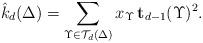
LaTeX: \begin{align*}\hat{k}_d(\Delta)=\sum_{\Upsilon\in\mathcal{T}_d(\Delta)}x_{\Upsilon}\,{\mathbf{t}_{d-1}(\Upsilon)^2}.\end{align*}